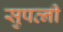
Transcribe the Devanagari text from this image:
सुपत्नी